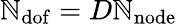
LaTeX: \mathbb{N}_{\mathrm{{dof}}}=D\mathbb{N}_{\mathrm{{node}}}